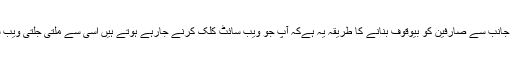
مشکوک ویب سائٹس کی جانب سے صارفین کو بیوقوف بنانے کا طریقہ یہ ہےکہ آپ جو ویب سائٹ کلک کرنے جارہے ہوتے ہیں اسی سے ملتی جلتی ویب سائٹس کلک ہو جاتی ہیں۔